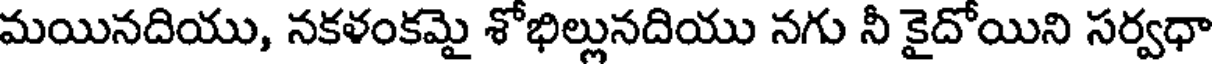
మయినదియు, నకళంకమై శోభిల్లునదియు నగు నీ కైదోయిని సర్వధా